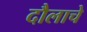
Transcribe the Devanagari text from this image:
दौलाचे